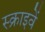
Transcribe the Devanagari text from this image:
स्क्राइवें